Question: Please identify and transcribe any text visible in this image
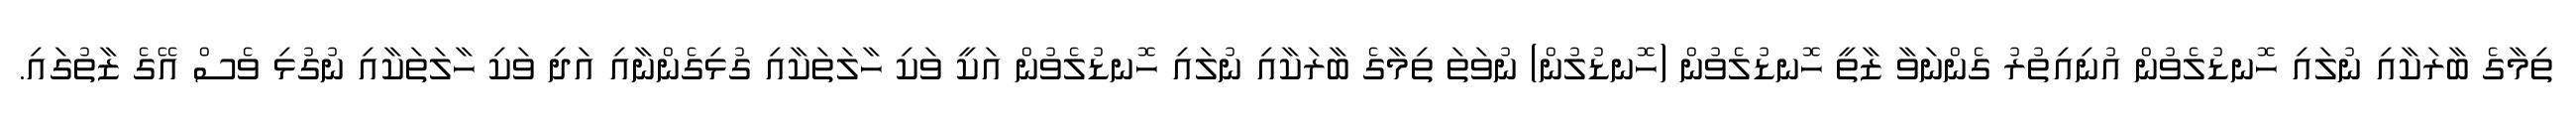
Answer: ތިމާގެ ބާރަކާއި ނުލައި ހޮނޑުލެވުން އުނިއިތުރު ގެންނަވާ ޒާތީ ހޮނޑުލެވުން (ހޮނޑުލުން) ނުވަތަ ތިމާގެ ބާރަކާއި ނުލައި ހޮނޑުލެވުން އަކީ ވަކި ހާލަތަކާއި ގުޅިގެންނާއި އަދި ވަކި ހާލަތަކާއި ނުގުޅި ވެސް އޭގެ ޒާތުގައި.